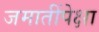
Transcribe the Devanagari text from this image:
जमातींपेक्षा